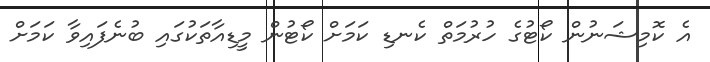
އެ ކޮމިޝަނުން ކޯޓުގެ ހުރުމަތް ކެނޑި ކަމަށް ކޯޓުން މީޑިއާތަކުގައި ބުނެފައިވާ ކަމަށް